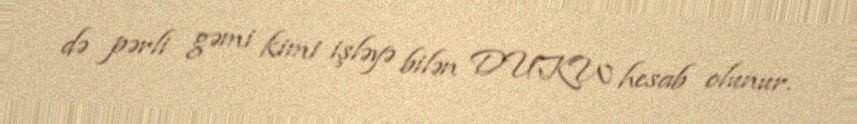
də pərli gəmi kimi işləyə bilən DUKW hesab olunur.